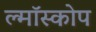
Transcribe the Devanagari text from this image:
ल्मॉस्कोप